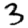
Digit: 3